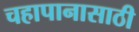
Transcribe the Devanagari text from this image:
चहापानासाठी